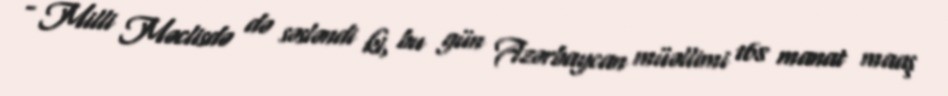
- Milli Məclisdə də səsləndi ki, bu gün Azərbaycan müəllimi 168 manat maaş